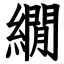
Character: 繝